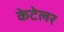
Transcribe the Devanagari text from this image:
केटेलर